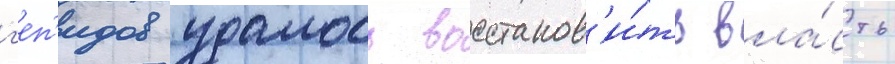
г'еп'идов удалось восстанов'и́ть вла́сть